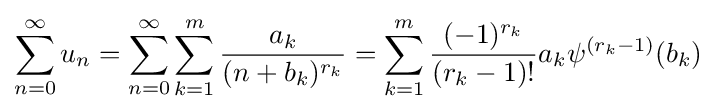
\sum _{n=0}^{\infty }u_{n}=\sum _{n=0}^{\infty }\sum _{k=1}^{m}{\frac {a_{k}}{(n+b_{k})^{r_{k}}}}=\sum _{k=1}^{m}{\frac {(-1)^{r_{k}}}{(r_{k}-1)!}}a_{k}\psi ^{(r_{k}-1)}(b_{k})